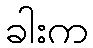
ခါးက